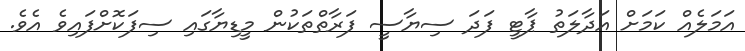
އަމަލެއް ކަމަށް އަދާލަތު ޕާޓީ ފަދަ ސިޔާސީ ފަރާތްތަކުން މީޑިޔާގައި ސިފަކޮށްފައިވެ އެވެ.